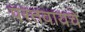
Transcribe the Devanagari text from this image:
परतवायचे